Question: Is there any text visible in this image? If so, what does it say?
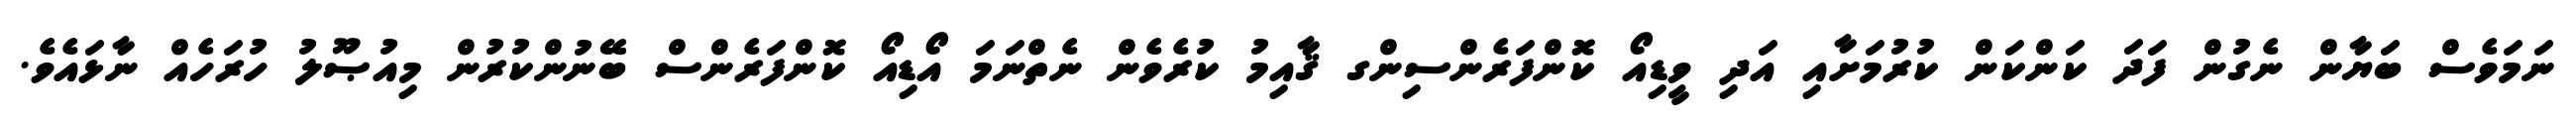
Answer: ނަމަވެސް ބަޔާން ނެގުން ފަދަ ކަންކަން ކުރުމަށާއި އަދި ވީޑިއޯ ކޮންފަރެންސިންގ ޤާއިމު ކުރެވެން ނެތްނަމަ އޯޑިއޯ ކޮންފަރެންސް ބޭނުންކުރުން މިއުޞޫލު ހުރަހެއް ނާޅައެވެ.